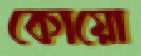
কোয়ো